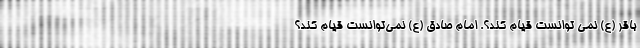
باقر (ع) نمی توانست قیام کند؟. امام صادق (ع) نمی‌توانست قیام کند؟